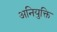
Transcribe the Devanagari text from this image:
अनियुक्ति